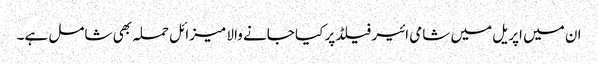
ان میں اپریل میں شامی ائیر فیلڈ پر کیا جانے والا میزائل حملہ بھی شامل ہے۔